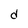
Character: d